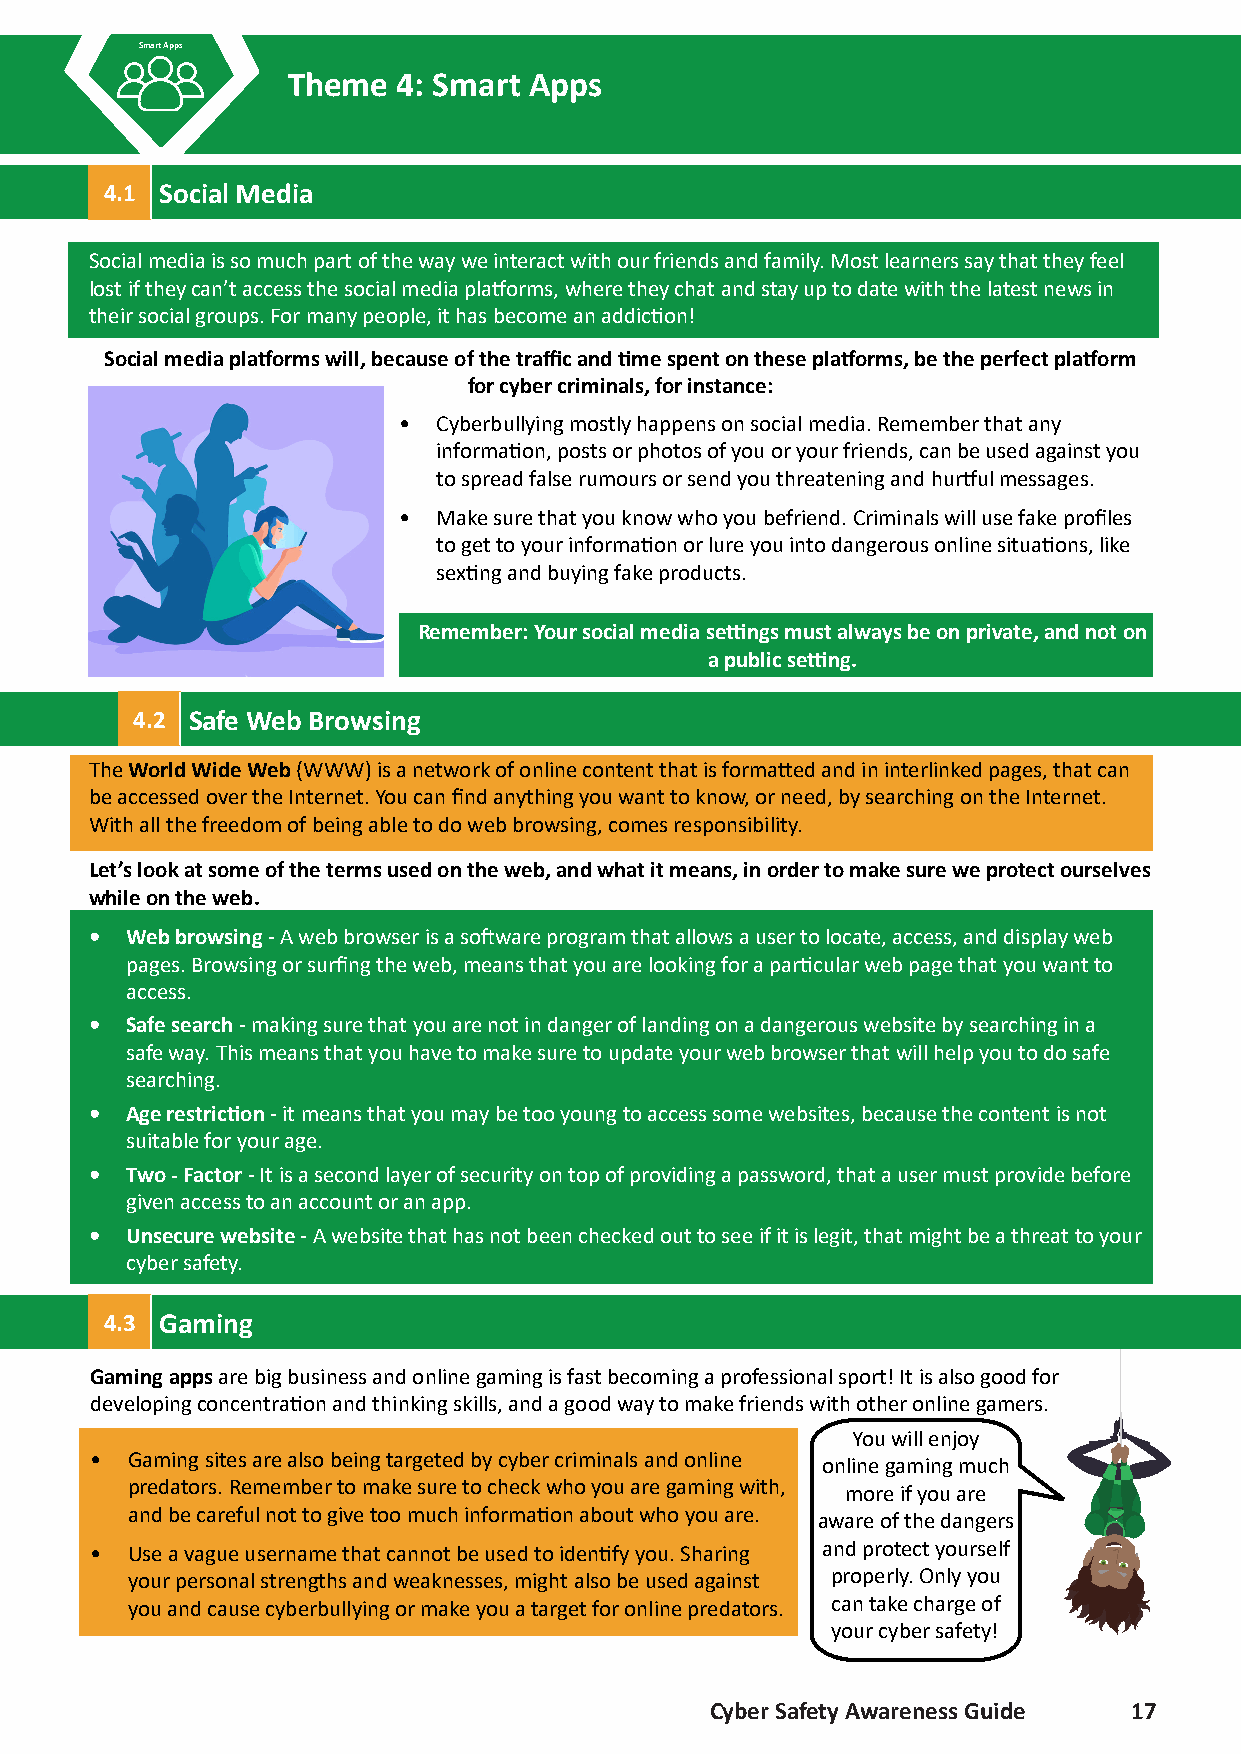
Smart Apps
 Theme  4: Smart Apps
 4.1 Social Media
 Social media is so much part of the way we interact with our friends and family. Most learners say that they feel
 lost if they can’t access the social media platforms, where they chat and stay up to date with the latest news in
 their social groups. For many people, it has become an addiction!
 Social media platforms will, because of the traffic and time spent on these platforms, be the perfect platform
 for cyber criminals, for instance:
 •  Cyberbullying mostly happens on social media. Remember that any
 information, posts or photos of you or your friends, can be used against you
 to spread false rumours or send you threatening and hurtful messages.
 •  Make sure that you know who you befriend. Criminals will use fake profiles
 to get to your information or lure you into dangerous online situations, like
 sexting and buying fake products.
 Remember: Your social media settings must always be on private, and not on
 a public setting.
 4.2 Safe Web Browsing
 The World Wide Web (WWW) is a network of online content that is formatted and in interlinked pages, that can
 be accessed over the Internet. You can find anything you want to know, or need, by searching on the Internet.
 With all the freedom of being able to do web browsing, comes responsibility.
 Let’s look at some of the terms used on the web, and what it means, in order to make sure we protect ourselves
 while on the web.
 • Web browsing - A web browser is a software program that allows a user to locate, access, and display web
 pages. Browsing or surfing the web, means that you are looking for a particular web page that you want to
 access.
 • Safe search - making sure that you are not in danger of landing on a dangerous website by searching in a
 safe way. This means that you have to make sure to update your web browser that will help you to do safe
 searching.
 • Age restriction - it means that you may be too young to access some websites, because the content is not
 suitable for your age.
 • Two - Factor - It is a second layer of security on top of providing a password, that a user must provide before
 given access to an account or an app.
 • Unsecure website - A website that has not been checked out to see if it is legit, that might be a threat to your
 cyber safety.
 4.3 Gaming
 Gaming apps are big business and online gaming is fast becoming a professional sport! It is also good for
 developing concentration and thinking skills, and a good way to make friends with other online gamers.
 You will enjoy
 • Gaming sites are also being targeted by cyber criminals and online
 online gaming much
 predators. Remember to make sure to check who you are gaming with,
 more if you are
 and be careful not to give too much information about who you are.
 aware of the dangers
 • Use a vague username that cannot be used to identify you. Sharing and protect yourself
 your personal strengths and weaknesses, might also be used against properly. Only you
 you and cause cyberbullying or make you a target for online predators. can take charge of
 your cyber safety!
 Cyber Safety Awareness Guide 17